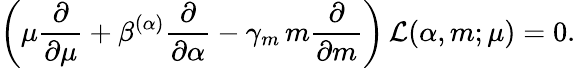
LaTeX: \left(\mu\frac{\partial}{\partial\mu}+\beta^{(\alpha)}\frac{\partial}{\partial\alpha}-\gamma_{m}\, m\frac{\partial}{\partial m}\right)\, {\cal L}(\alpha,m;\mu)=0.